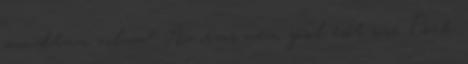
mondtam volna? Az orvos nem jósol esőt sose. Csak